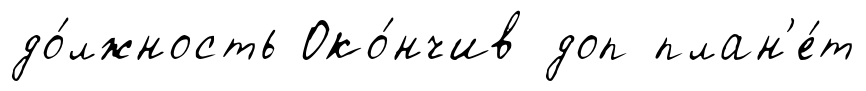
до́лжность Око́нчив доп план'е́т